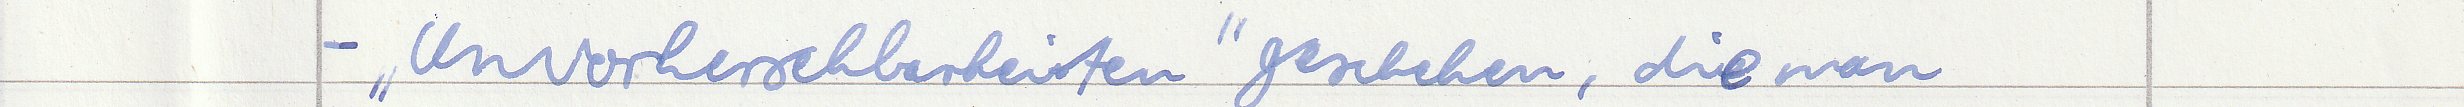
- "Unvorhersehbarkeiten" geschehen, die man